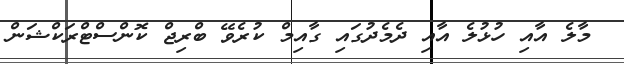
މާލެ އާއި ހުޅުލެ އާއި ދެމެދުގައި ގާއިމް ކުރެވޭ ބްރިޖް ކޮންސްޓްރަކްޝަން